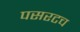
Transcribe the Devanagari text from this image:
पसरटच